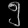
Digit: ၅